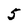
Character: 5